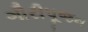
ગૌરીપૂજન